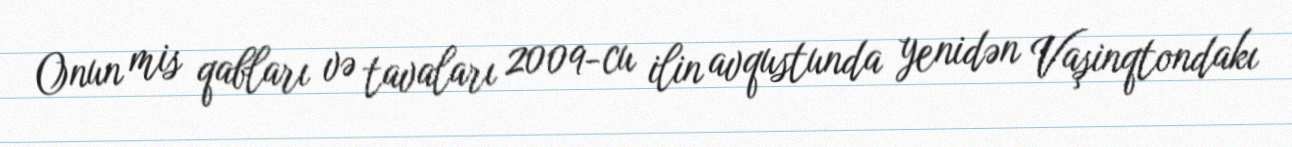
Onun mis qabları və tavaları 2009-cu ilin avqustunda yenidən Vaşinqtondakı